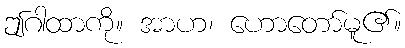
ဤဂါထာကို။ အာဟ၊ ဟောတော်မူ၏။